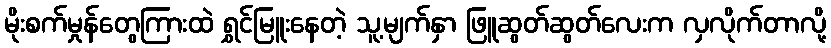
မိုးစက်မှုန်တွေကြားထဲ ရွှင်မြူးနေတဲ့ သူ့မျက်နှာ ဖြူဆွတ်ဆွတ်လေးက လှလိုက်တာလို့